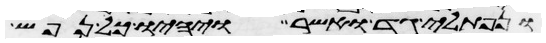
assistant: ונפתלי גד ואשר ויהיו כל נפש